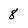
Character: 8